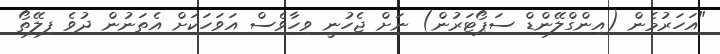
"އަހަރުމެން (އިންގްލޭންޑް ސަޕޯޓަރުން) ނަށް ޖެހުނީ ވިހާވެސް އަވަހަކަށް އެތަނުން ދުވެ ފިލޭތޯ